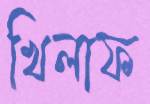
খিলাফ